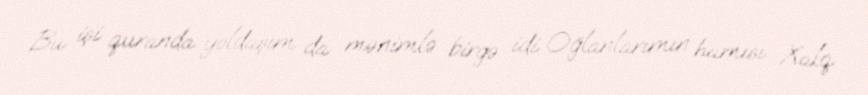
Bu işi quranda yoldaşım da mənimlə birgə idi. Oğlanlarımın hamısı Xalq